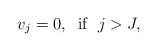
\begin{align*}v_j=0, \;\; {\rm if}\;\; j> J,\end{align*}